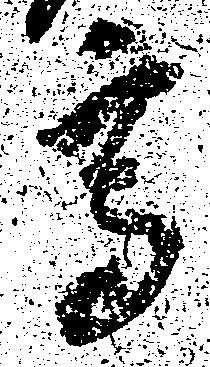
高